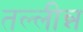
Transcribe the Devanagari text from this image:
तल्लीन्न